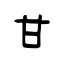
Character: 甘